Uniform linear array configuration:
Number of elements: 8
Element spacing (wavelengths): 0.25
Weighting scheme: binomial
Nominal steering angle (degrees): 45
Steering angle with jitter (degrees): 46.565
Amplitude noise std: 0.05
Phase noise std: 0.05

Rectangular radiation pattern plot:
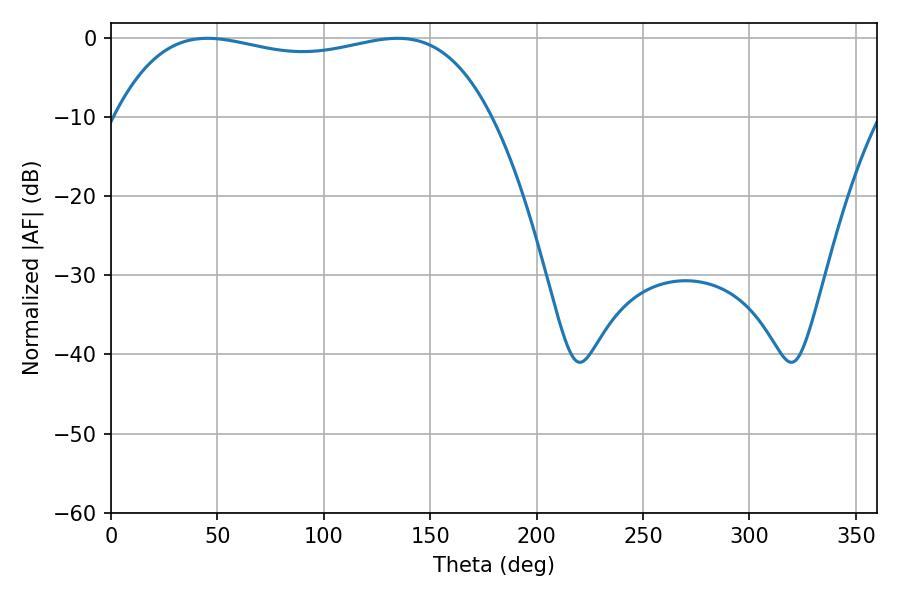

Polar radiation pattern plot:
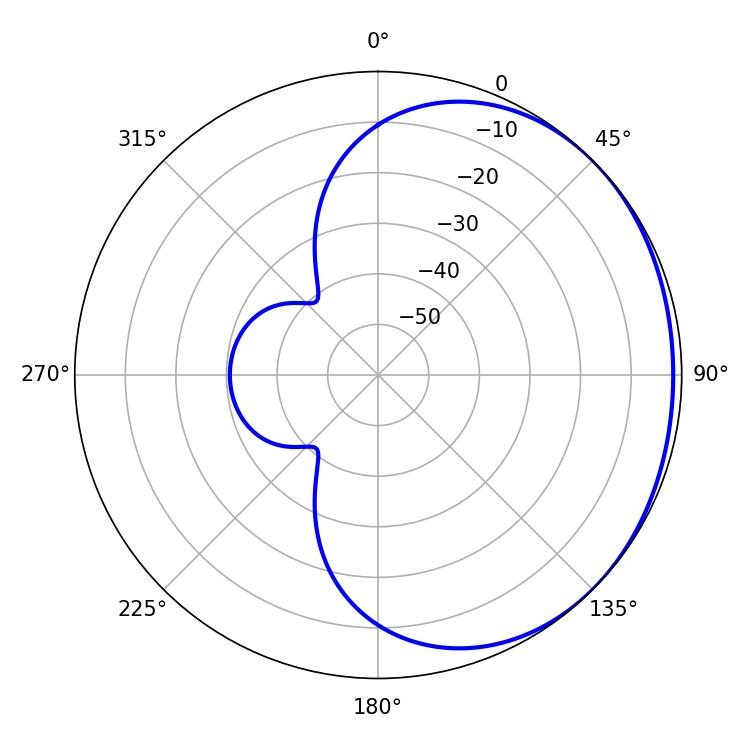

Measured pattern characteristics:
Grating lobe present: FALSE
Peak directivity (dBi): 0.986
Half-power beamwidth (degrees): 142.2
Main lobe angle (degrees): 45.36